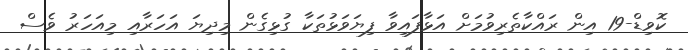
ކޮވިޑް-19 އިން ރައްކާތެރިވުމަށް އަޅާފައިވާ ފިޔަވަޅުތަކާ ގުޅިގެން މިދިޔަ އަހަރާއި މިއަހަރު ވެސް